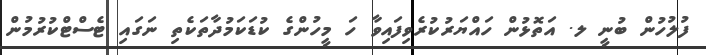
ފުލުހުން ބުނީ ލ. އަތޮޅުން ހައްޔަރުކުރެވިފައިވާ ހަ މީހުންގެ ކުޑަކަމުދާތަކެތި ނަގައި ޓެސްޓްކުރުމުން